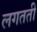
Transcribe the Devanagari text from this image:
लगतती